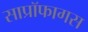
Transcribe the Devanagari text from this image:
साप्रॉफागस